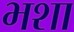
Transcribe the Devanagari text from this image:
भशा